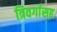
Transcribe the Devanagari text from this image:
त्रिवर्गासह